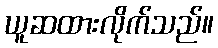
ယူဆထားလိုက်သည်။